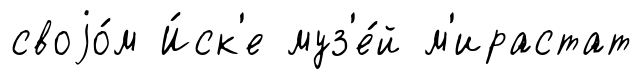
своjо́м И́ск'е муз'е́й м'ирастат